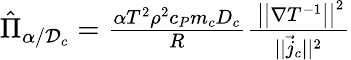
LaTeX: \begin{array}{r}{\hat{\Pi}_{\alpha/\mathcal{D}_{c}}=\frac{\alpha T^{2}\rho^{2}c_{P}m_{c}D_{c}}{R}\frac{\, \bigl|\bigl|\nabla{T}^{-1}\bigr|\bigr|^{2}}{||{\vec{j}_{c}}||^{2}}}\end{array}